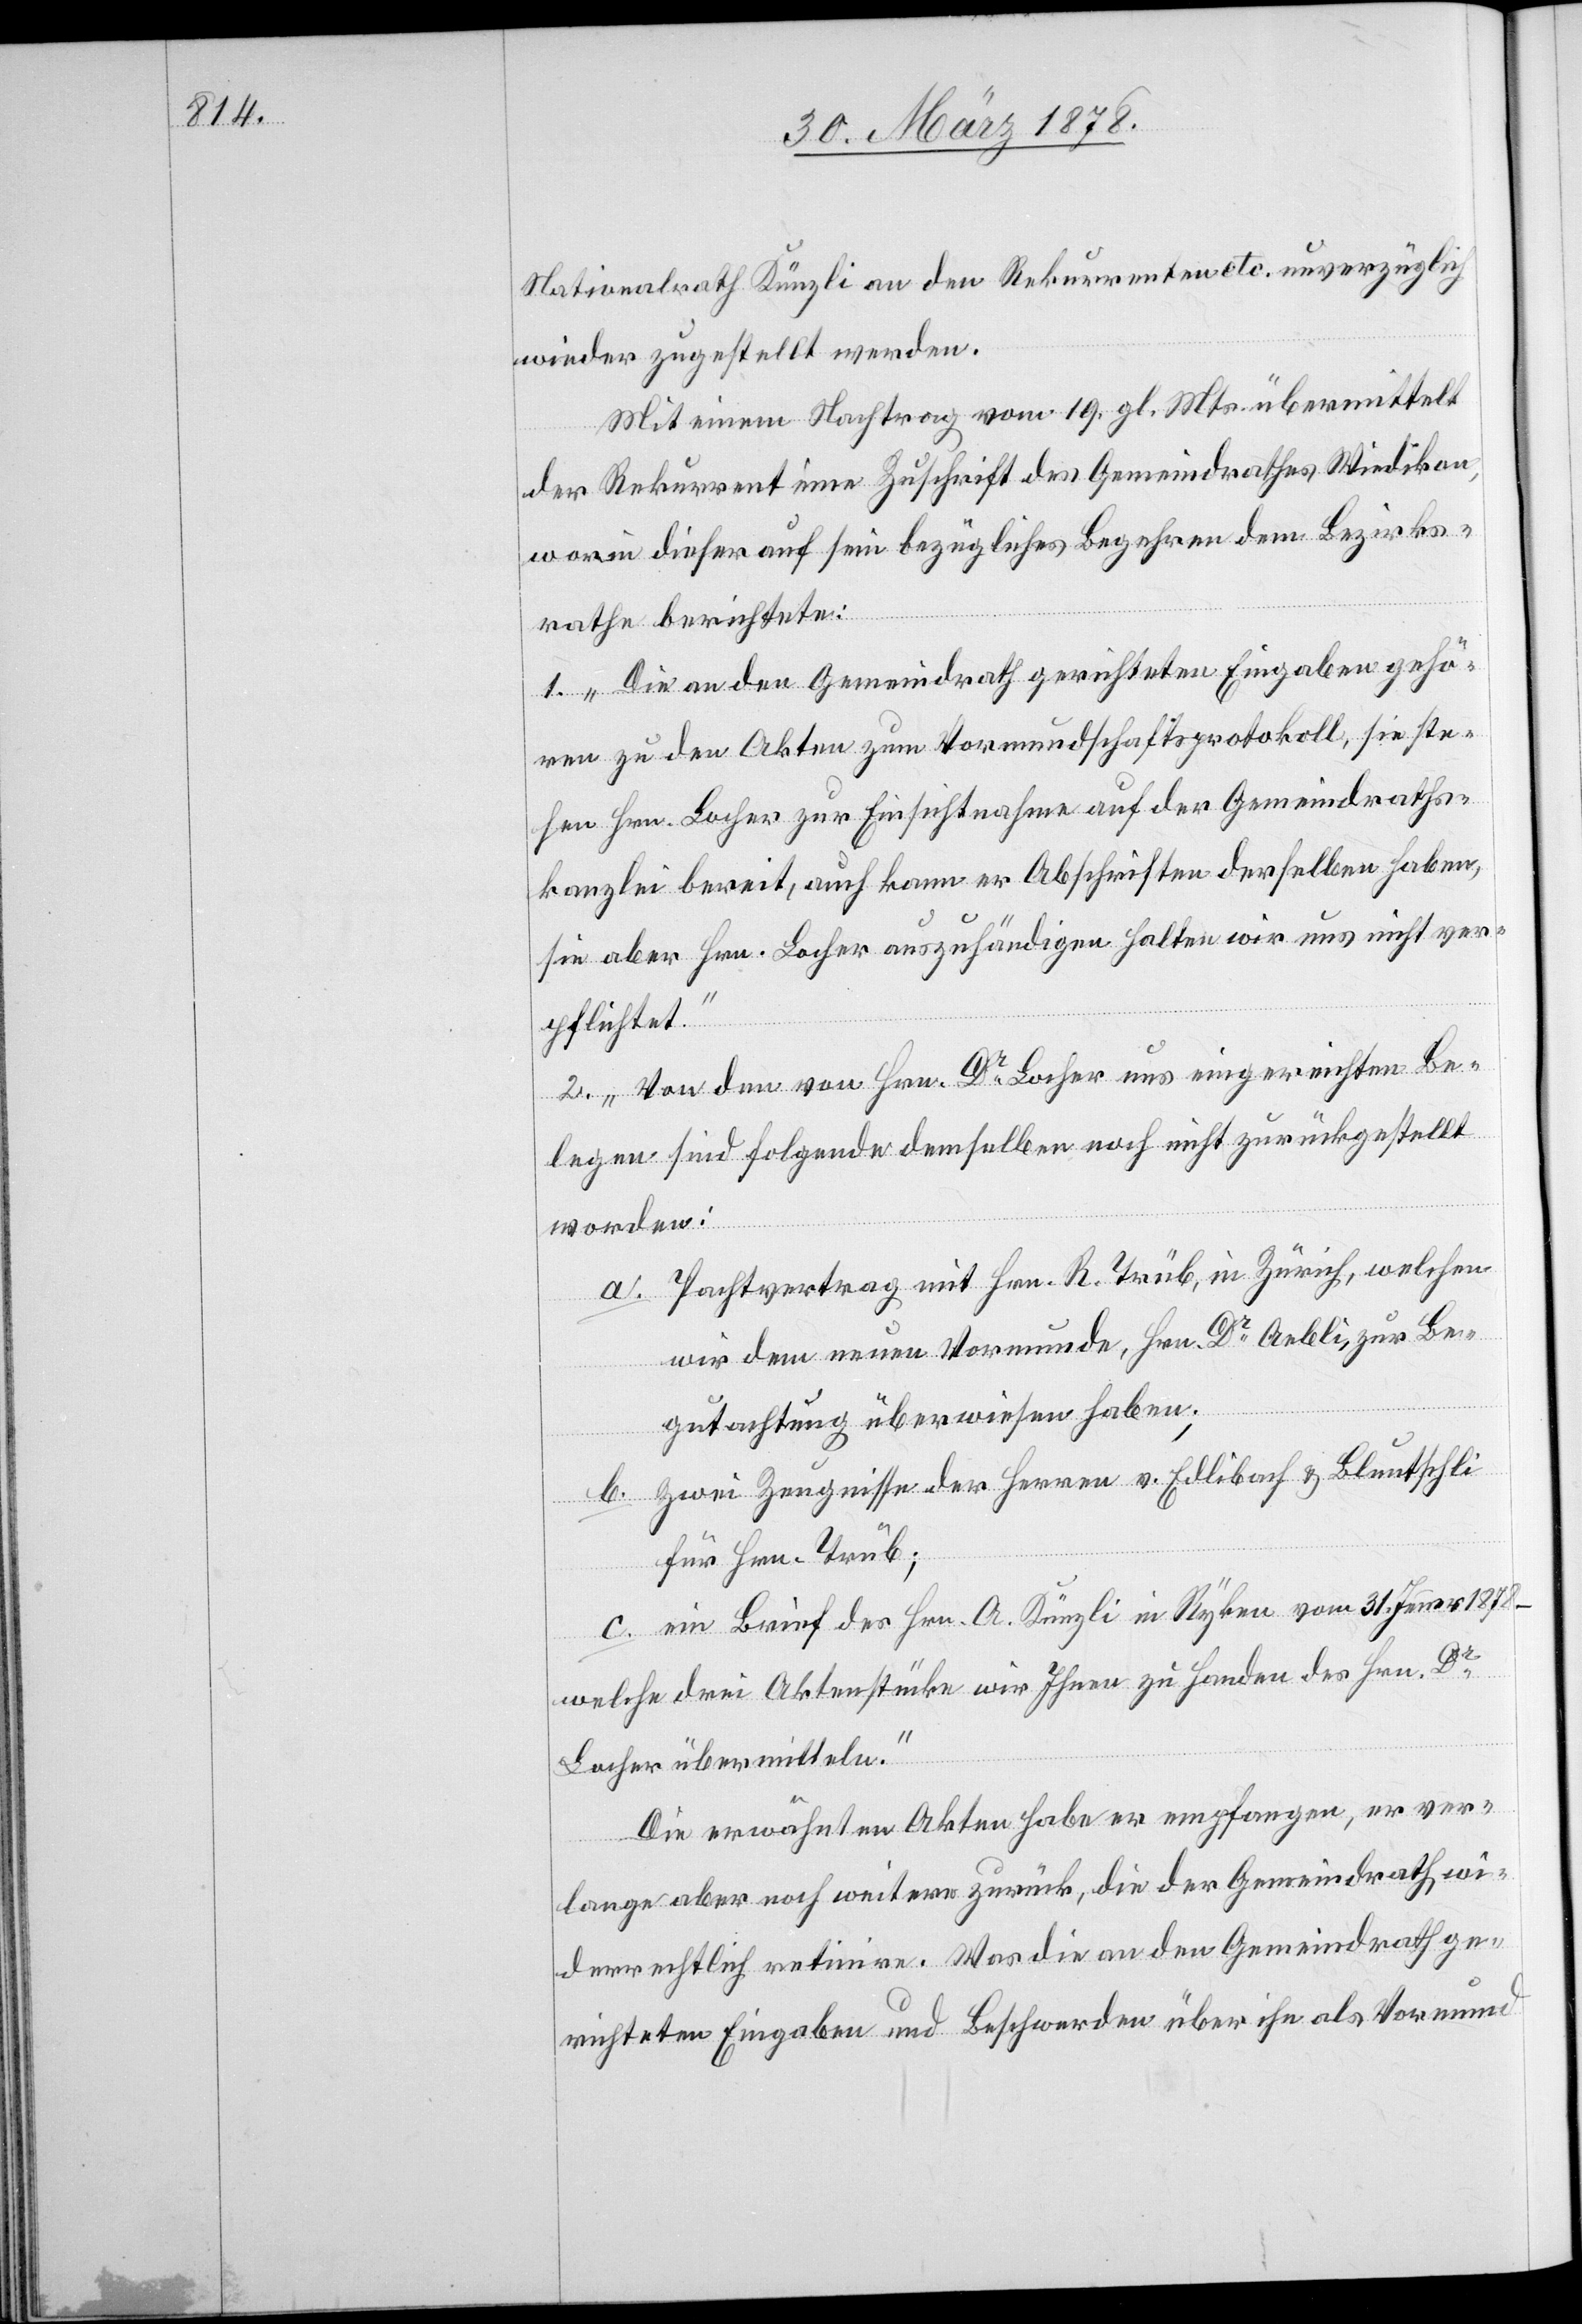
Nationalrath Künzli an den Rekurrenten etc. unverzüglich
wieder zugestellt werden.
Mit einem Nachtrag vom 19. gl. Mts. übermittelt
der Rekurrent eine Zuschrift des Gemeindrathes Wiedikon,
worin dieser auf sein bezügliches Begehren dem Bezirks¬
rathe berichtete:
1. „Die an den Gemeindrath gerichteten Eingaben gehö¬
ren zu den Akten zum Vormundschaftsprotokoll, sie ste¬
hen Hrn. Locher zur Einsichtnahme auf der Gemeindraths¬
kanzlei bereit, auch kann er Abschriften derselben haben,
sie aber Hrn. Locher auszuhändigen halten wir uns nicht ver¬
pflichtet.“
2. „Von den von Hrn. Dr Locher uns eingereichten Be¬
legen sind folgende demselben noch nicht zurückgestellt
worden:
a. Pachtvertrag mit Hrn. R. Trüb, in Zürich, welchen
wir dem neuen Vormunde, Hrn. Dr Aebli, zur Be¬
gutachtung überwiesen haben;
b. Zwei Zeugnisse der Herren v. Edlibach & Bluntschli
für Hrn. Trüb;
c. ein Brief des Hrn. A. Künzli in Rykon vom 31. Jenner 1878 –
welche drei Aktenstücke wir Ihnen zu Handen des Hrn. Dr
Locher übermitteln.“
Die erwähnten Akten habe er empfangen, er ver¬
lange aber noch weitere zurück, die der Gemeindrath, wi¬
derrechtlich retinire. Was die an den Gemeindrath ge¬
richteten Eingaben und Beschwerden über ihn als Vormund